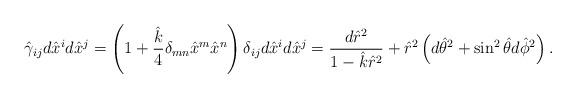
LaTeX: \begin{align*}\hat{\gamma}_{ij}d\hat{x}^id\hat{x}^j=\left(1+{\hat{k}\over 4}\delta_{mn}\hat{x}^m\hat{x}^n\right)\delta_{ij}d\hat{x}^id\hat{x}^j={{d\hat{r}^2}\over{1-\hat{k}\hat{r}^2}}+\hat{r}^2\left(d\hat{\theta}^2+\sin^2\hat{\theta}d\hat{\phi}^2\right).\end{align*}